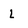
Character: L